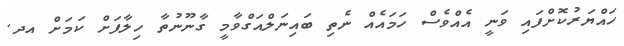
ހައްޔަރުކޮށްފައި ވަނީ އެއްވެސް ހަމައެއް ނެތި ބައިނަލްއަގްވާމީ ގާނޫނުތާ ހިލާފަށް ކަމަށް އދ.